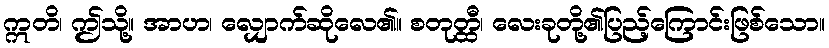
ဣတိ၊ ဤသို့။ အာဟ၊ လျှောက်ဆိုလေ၏။ စတုတ္ထီ၊ လေးခုတို့၏ပြည့်ကြောင်းဖြစ်သော။